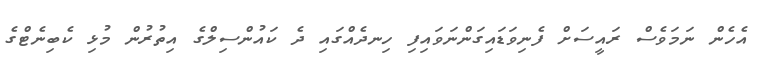
އެހެން ނަމަވެސް ރައީސަށް ފެނިވަޑައިގަންނަވައިފި ހިނދެއްގައި ދެ ކައުންސިލްގެ އިތުރުން މުޅި ކެބިނެޓްގެ